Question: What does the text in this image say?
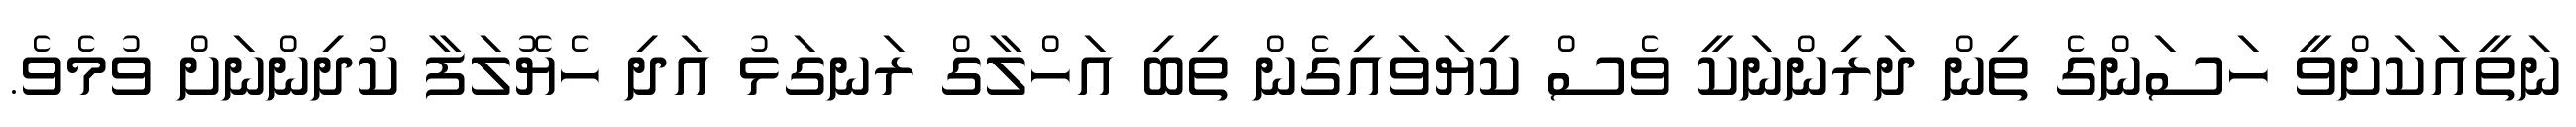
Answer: ނަތީއަކަށްވީ ހަސަންގެ ތިން ދަރިންނަކީ ވެސް ކިޔަވައިގެން ތިބި އަހްލާގް ރަނގަޅު އަދި ހެޔޮލަފާ ކުދިންނަށް ވުމެވެ.